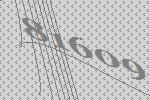
81609